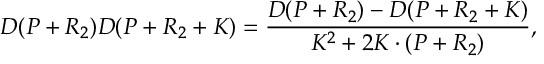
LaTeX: D ( P + R _ { 2 } ) D ( P + R _ { 2 } + K ) = \frac { D ( P + R _ { 2 } ) - D ( P + R _ { 2 } + K ) } { K ^ { 2 } + 2 K \cdot ( P + R _ { 2 } ) } ,